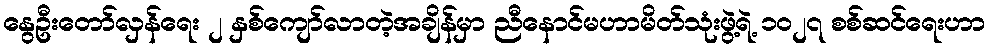
နွေဦးတော်လှန်ရေး ၂ နှစ်ကျော်လာတဲ့အချိန်မှာ ညီနောင်မဟာမိတ်သုံးဖွဲ့ရဲ့ ၁၀၂၇ စစ်ဆင်ရေးဟာ